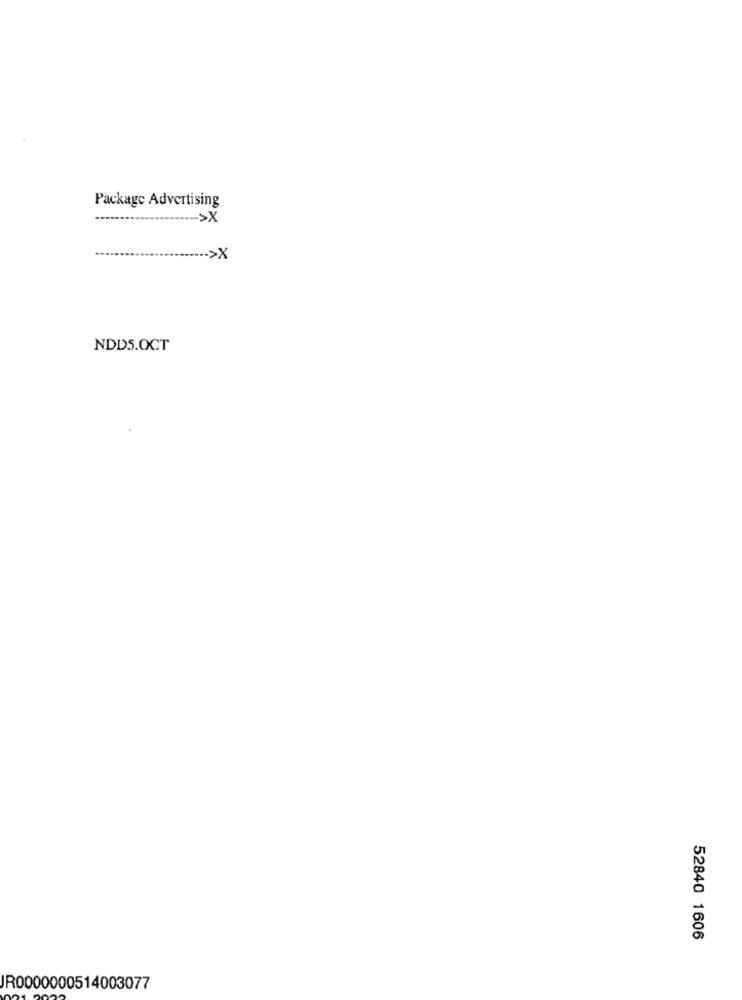
Package Advertising
->X
..... >X
NDD5.OCT
52840 1606
JR0000000514003077